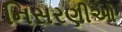
નિસરણીઓ